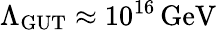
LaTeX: \Lambda_{\mathrm{GUT}}\approx 10^{16}\, {\mathrm{GeV}}